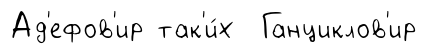
Ад'ефов'ир так'и́х Ганциклов'ир